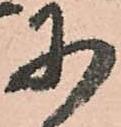
に